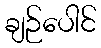
ချဉ်ပေါင်